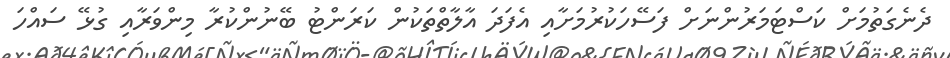
ދެނެގަތުމަށް ކަސްޓަމަރުންނަށް ފަސޭހަކުރުމަށާއި އެފަދަ އާލާތްތަކުން ކަރަންޓު ބޭނުންކުރާ މިންވަރާއި ގުޅޭ ސައްހަ